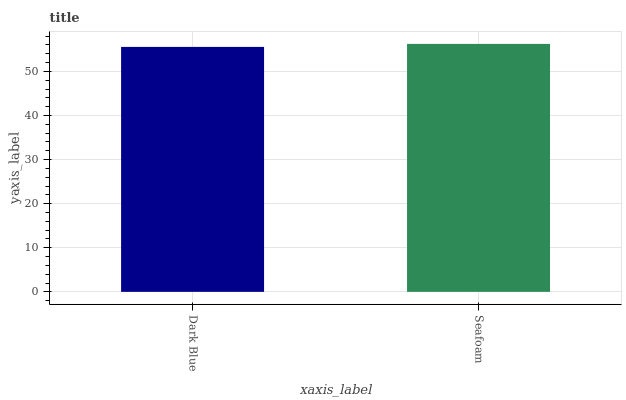
| xaxis_label | bars |
 | --- | --- |
 | Dark Blue | 55.6 |
 | Seafoam | 56.2 |